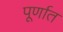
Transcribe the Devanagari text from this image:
पूर्णात